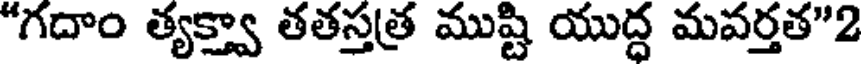
"గదాం త్యక్త్వా తతస్తత్ర ముష్టి యుద్ద మవర్తత"2